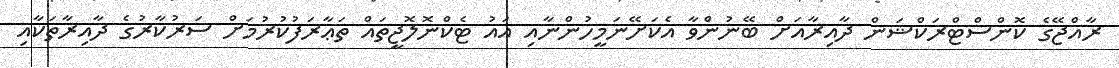
ރާއްޖޭގެ ކޮންސްޓްރަކްޝަން ދާއިރާއަށް ބޭނުންވާ އެކަށޭނަމީހުންނާއި އައު ޓެކްނޮލޮޖީތައް ތަޢާރަފުކުރުމަށް ސަރުކާރުގެ ދާއިރާތަކާއި